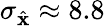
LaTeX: \sigma_{\hat{\mathbf{x}}}\approx 8.8